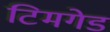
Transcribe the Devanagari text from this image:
टिमगेड